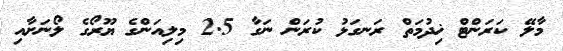
މާލޭ ކަރަންޓް ޚިދުމަތް ރަނގަޅު ކުރަން ނަގާ 2.5 މިލިއަންގެ ޔޫރޯގެ ލޯނަށާއި